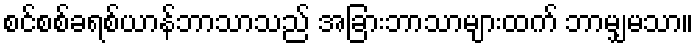
စင်စစ်ခရစ်ယာန်ဘာသာသည် အခြားဘာသာများထက် ဘာမျှမသာ။